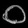
Digit: ၀